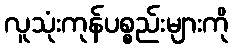
လူသုံးကုန်ပစ္စည်းများကို